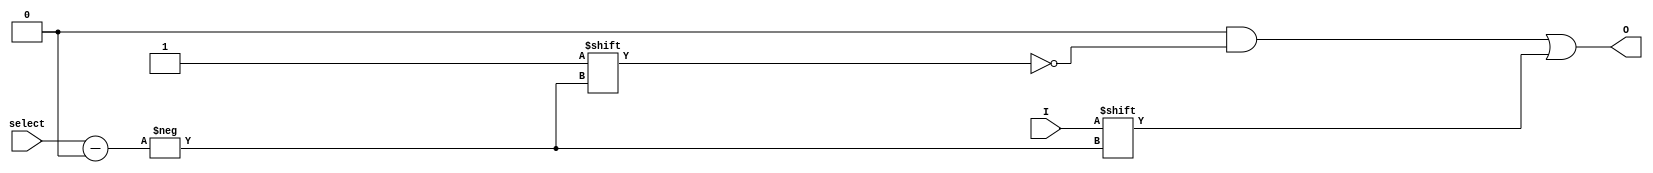
module demux1(select, I, O);
  
  input[1:0] select;
  input I;
  output[3:0] O;
  
  reg[3:0] O;
  wire I;
  wire[1:0] select;
  
  always @ (I or select)
  begin
    O = 4'b0;
    O[select] = I;
  end
  
endmodule